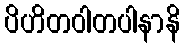
ပိဟိတဝါတပါနာနိ